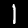
Label: 1